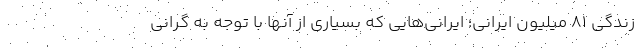
زندگی 81 میلیون ایرانی؛ ایرانی‌هایی که بسیاری از آنها با توجه به گرانی